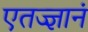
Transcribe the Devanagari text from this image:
एतज्ज्ञानं